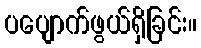
ပပျောက်ဖွယ်ရှိခြင်း။